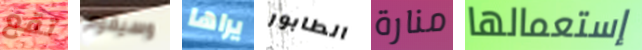
تقع وسيقوم يراها الطابور منارة إستعمالها